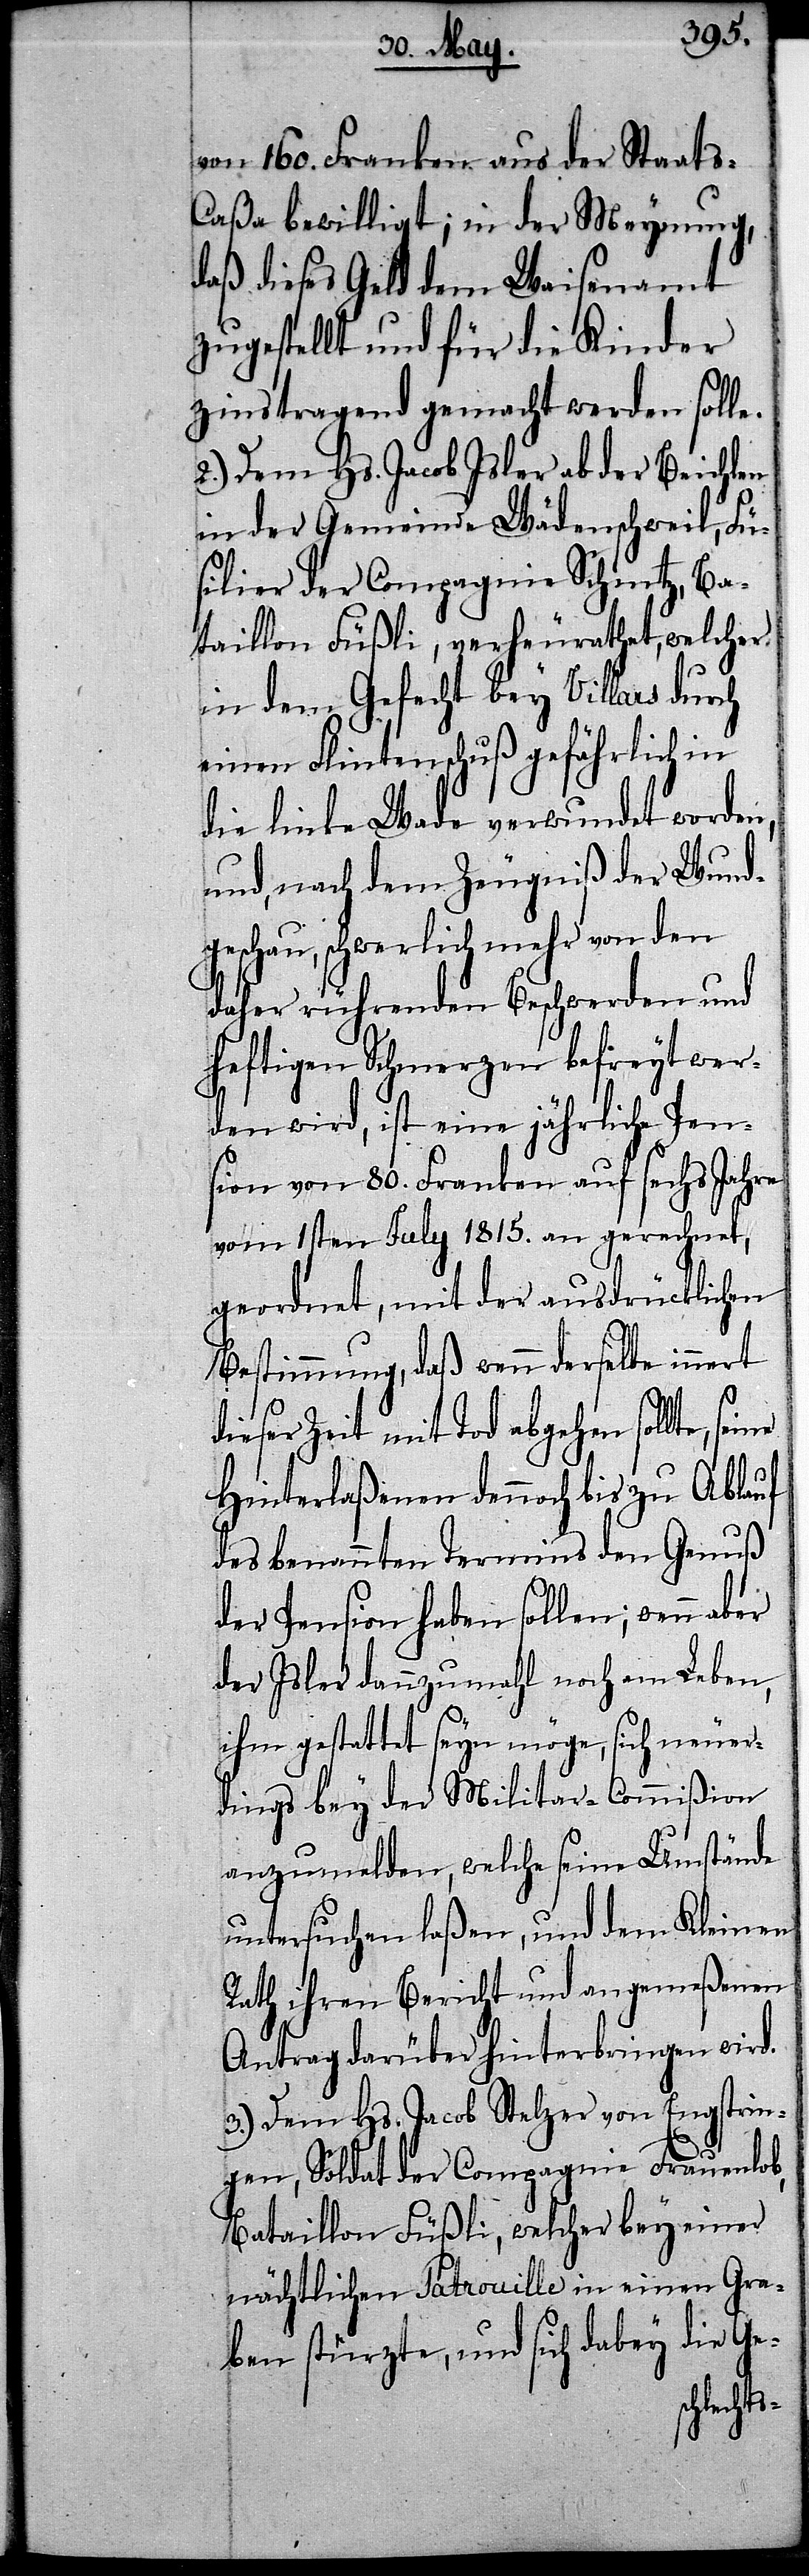
von 160. Franken aus der Staats-C¬
aßa bewilligt; in der Meynung,
daß dieses Geld dem Waisenamt
zugestellt und für die Kinder
zinstragend gemacht werden solle.
2.) Dem Hs. Jacob Isler ab der Beichlen
in der Gemeinde Wädenschweil, Fü¬
silier der Compagnie Schintz, Ba¬
taillon Füßli, verheurathet, welcher
in dem Gefecht bey Villars durch
einen Flintenschuß gefährlich in
die linke Wade verwundet worden,
und, nach dem Zeugniß der Wund¬
geschau, schwerlich mehr von den
daher rührenden Beschwerden und
heftigen Schmerzen befreyt wer¬
den wird, ist eine jährliche Pen¬
sion von 80. Franken auf sechs Jahre
vom 1sten July 1815. an gerechnet,
geordnet, mit der ausdrücklichen
Bestimmung, daß wenn derselbe innert
dieser Zeit mit Tod abgehen sollte,
Hinterlaßenen dennoch bis zu Ablauf
des benannten Termins den Genuß
der Pension haben sollen; wenn aber
der Isler dannzumahl noch am Leben,
ihm gestattet seyn möge, sich neuer¬
dings bey der Militar-Commißion
anzumelden, welche seine Umstände
untersuchen laßen, und dem Kleinen
Rath ihren Bericht und angemeßenen
Antrag darüber hinterbringen wird.
3.) Dem Hs. Jacob Stelzer von Engstrin¬
gen, Soldat der Compagnie Frauenlob,
Bataillon Füßli, welcher bey einer
nächtlichen Patrouille in einen Gra¬
ben stürzte, und sich dabey die Ge-
seine